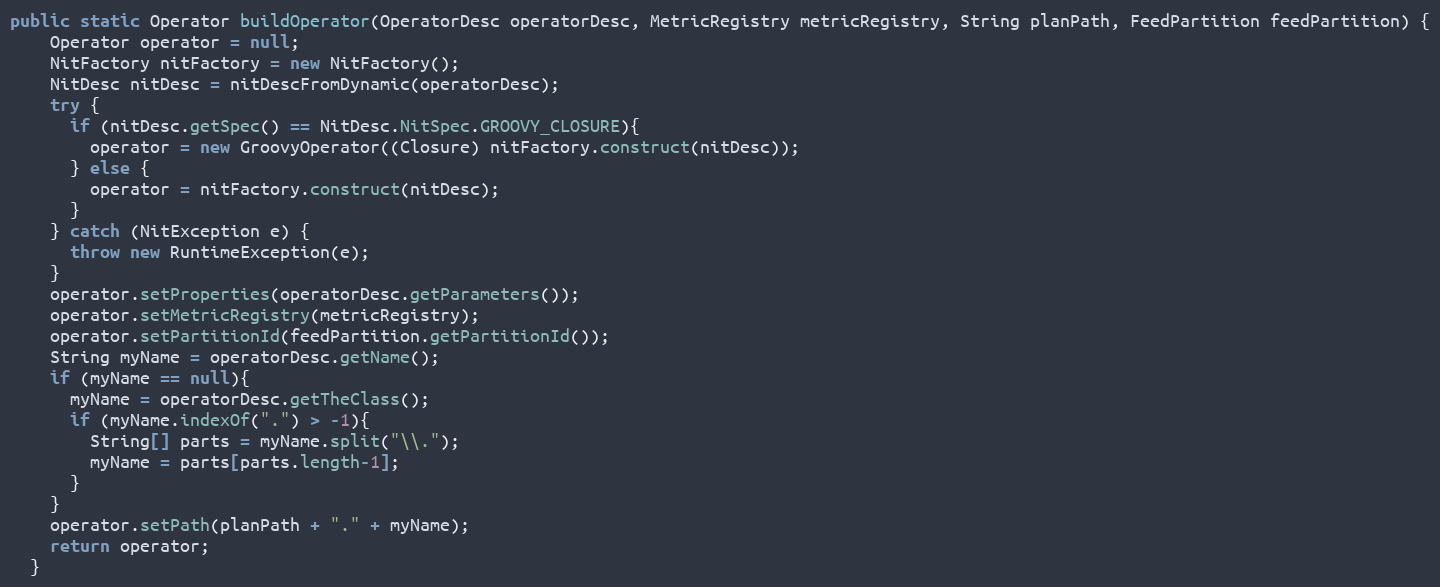
Language: Java
public static Operator buildOperator(OperatorDesc operatorDesc, MetricRegistry metricRegistry, String planPath, FeedPartition feedPartition) {
    Operator operator = null;
    NitFactory nitFactory = new NitFactory();
    NitDesc nitDesc = nitDescFromDynamic(operatorDesc);
    try {
      if (nitDesc.getSpec() == NitDesc.NitSpec.GROOVY_CLOSURE){
        operator = new GroovyOperator((Closure) nitFactory.construct(nitDesc));
      } else {
        operator = nitFactory.construct(nitDesc);
      }
    } catch (NitException e) {
      throw new RuntimeException(e);
    }
    operator.setProperties(operatorDesc.getParameters());
    operator.setMetricRegistry(metricRegistry);
    operator.setPartitionId(feedPartition.getPartitionId());
    String myName = operatorDesc.getName();
    if (myName == null){
      myName = operatorDesc.getTheClass();
      if (myName.indexOf(".") > -1){
        String[] parts = myName.split("\\.");
        myName = parts[parts.length-1];
      }
    }
    operator.setPath(planPath + "." + myName);
    return operator;
  }